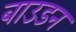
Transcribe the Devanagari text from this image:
बाउडन